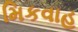
મિકવાહ